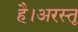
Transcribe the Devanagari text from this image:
है।अरस्तू